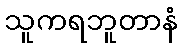
သူကရဘူတာနံ